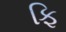
ફિ